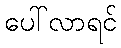
ပေါ်လာရင်